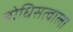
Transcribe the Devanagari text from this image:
बोधिसत्वाला